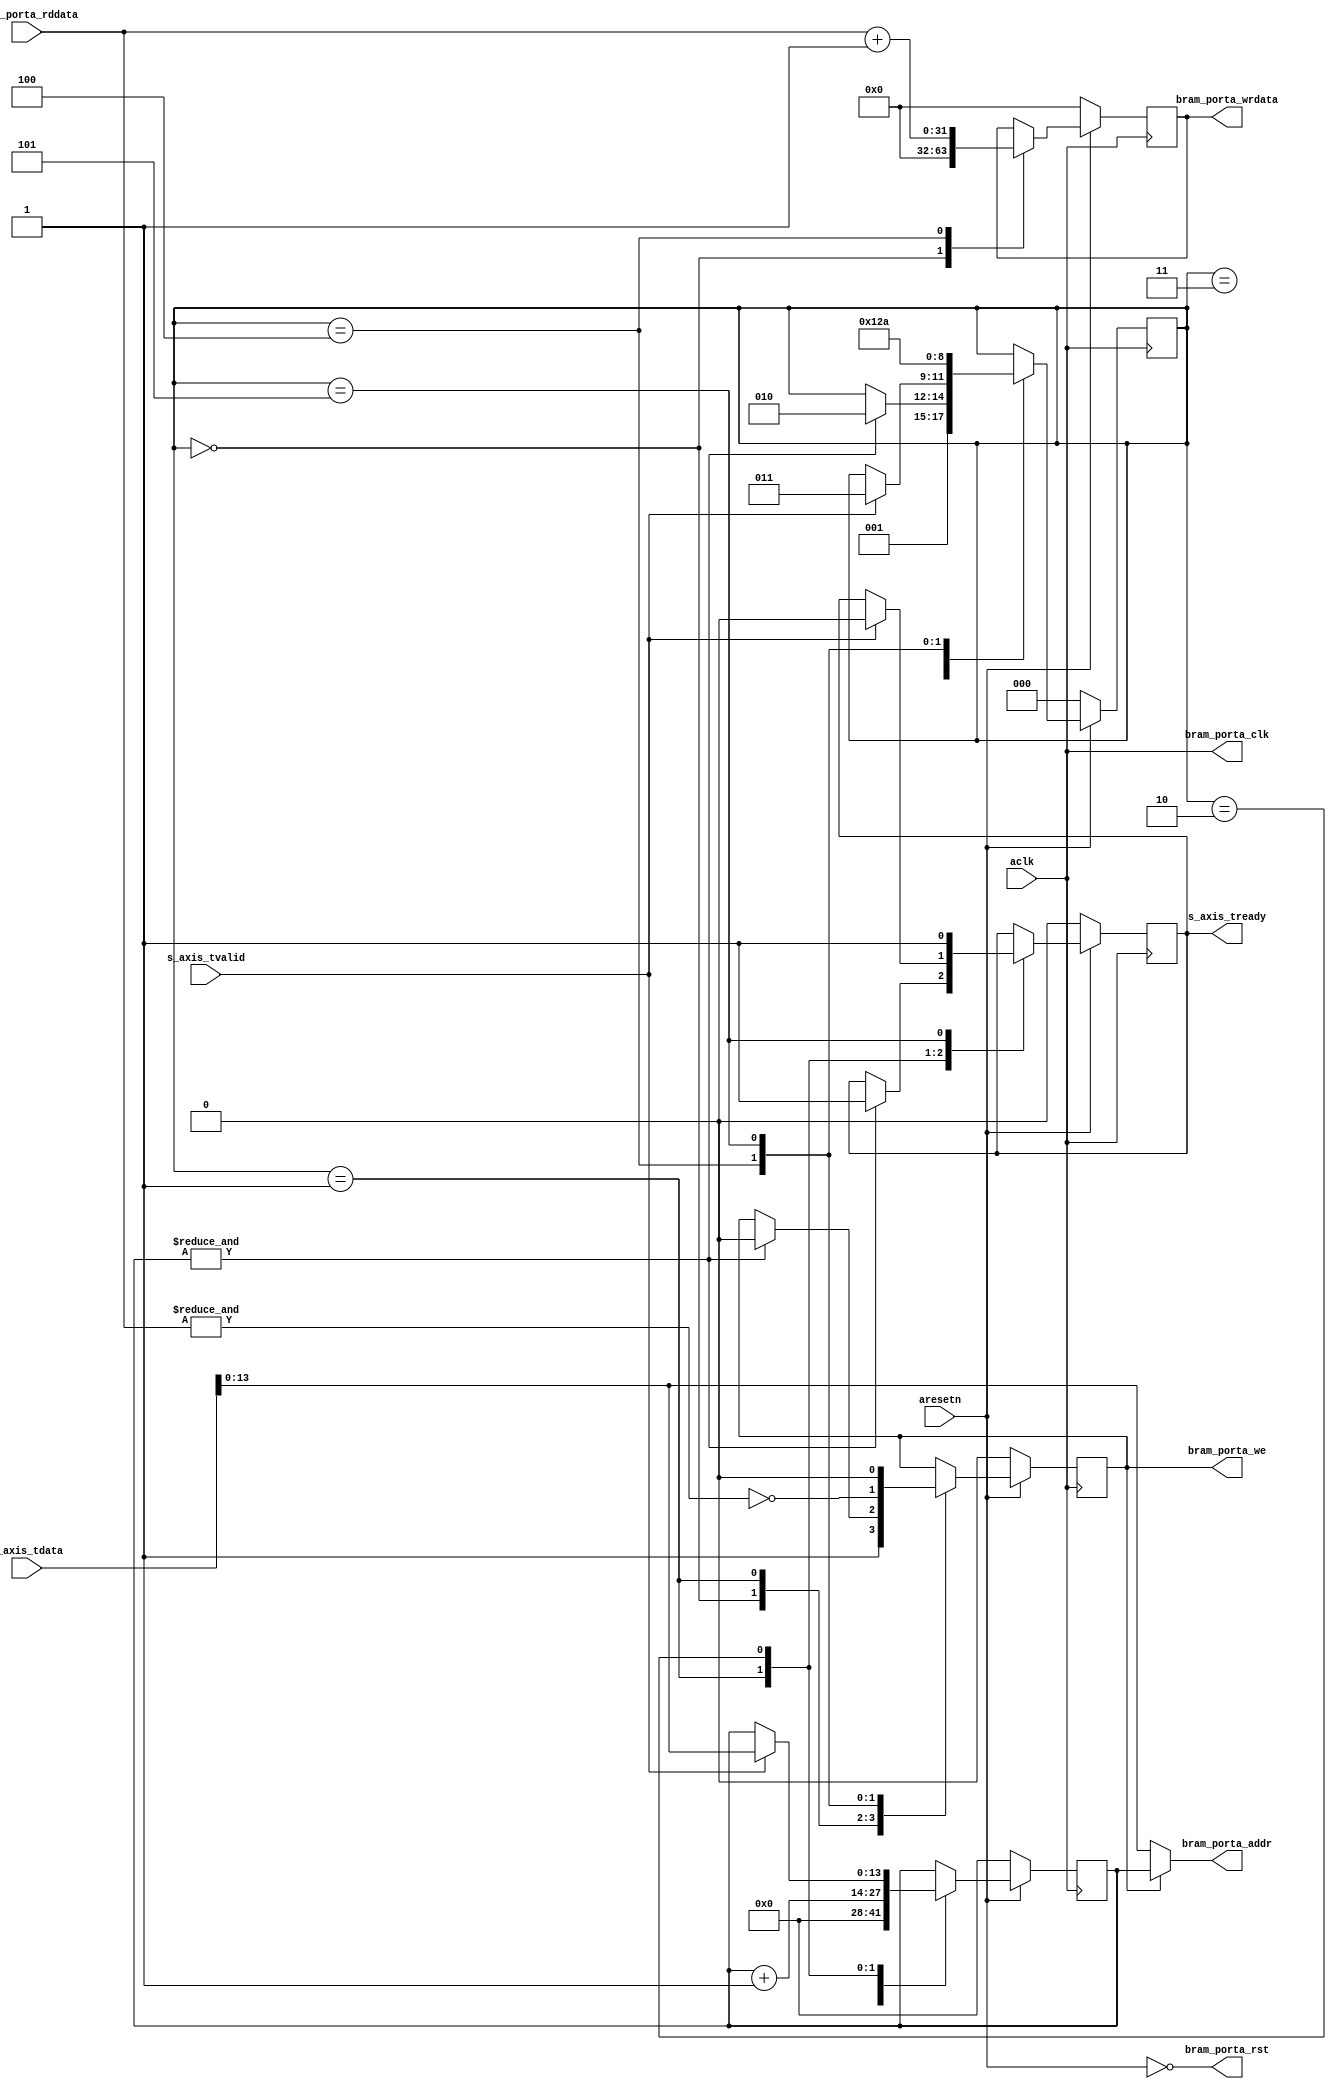

`timescale 1 ns / 1 ps

module axis_histogram #
(
  parameter integer AXIS_TDATA_WIDTH = 16,
  parameter integer BRAM_DATA_WIDTH = 32,
  parameter integer BRAM_ADDR_WIDTH = 14
)
(
  // System signals
  input  wire                        aclk,
  input  wire                        aresetn,

  // Slave side
  output wire                        s_axis_tready,
  input  wire [AXIS_TDATA_WIDTH-1:0] s_axis_tdata,
  input  wire                        s_axis_tvalid,

  // BRAM port
  output wire                        bram_porta_clk,
  output wire                        bram_porta_rst,
  output wire [BRAM_ADDR_WIDTH-1:0]  bram_porta_addr,
  output wire [BRAM_DATA_WIDTH-1:0]  bram_porta_wrdata,
  input  wire [BRAM_DATA_WIDTH-1:0]  bram_porta_rddata,
  output wire                        bram_porta_we
);

  reg [BRAM_ADDR_WIDTH-1:0] int_addr_reg, int_addr_next;
  reg [BRAM_DATA_WIDTH-1:0] int_data_reg, int_data_next;
  reg [2:0] int_case_reg, int_case_next;
  reg int_tready_reg, int_tready_next;
  reg int_wren_reg, int_wren_next;

  always @(posedge aclk)
  begin
    if(~aresetn)
    begin
      int_addr_reg <= {(BRAM_ADDR_WIDTH){1'b0}};
      int_data_reg <= {(BRAM_DATA_WIDTH){1'b0}};
      int_case_reg <= 3'd0;
      int_tready_reg <= 1'b0;
      int_wren_reg <= 1'b0;
    end
    else
    begin
      int_addr_reg <= int_addr_next;
      int_data_reg <= int_data_next;
      int_case_reg <= int_case_next;
      int_tready_reg <= int_tready_next;
      int_wren_reg <= int_wren_next;
    end
  end

  always @*
  begin
    int_addr_next = int_addr_reg;
    int_data_next = int_data_reg;
    int_case_next = int_case_reg;
    int_tready_next = int_tready_reg;
    int_wren_next = int_wren_reg;

    case(int_case_reg)
      0:
      begin
        int_addr_next = {(BRAM_ADDR_WIDTH){1'b0}};
        int_data_next = {(BRAM_DATA_WIDTH){1'b0}};
        int_wren_next = 1'b1;
        int_case_next = 3'd1;
      end
      1:
      begin
        // write zeros
        int_addr_next = int_addr_reg + 1'b1;
        if(&int_addr_reg)
        begin
          int_tready_next = 1'b1;
          int_wren_next = 1'b0;
          int_case_next = 3'd2;
        end
      end
      2:
      begin
        if(s_axis_tvalid)
        begin
          int_addr_next = s_axis_tdata[BRAM_ADDR_WIDTH-1:0];
          int_tready_next = 1'b0;
          int_case_next = 3'd3;
        end
      end
      3:
      begin
        int_case_next = 3'd4;
      end
      4:
      begin
        int_data_next = bram_porta_rddata + 1'b1;
        int_wren_next = ~&bram_porta_rddata;
        int_case_next = 3'd5;
      end
      5:
      begin
        int_tready_next = 1'b1;
        int_wren_next = 1'b0;
        int_case_next = 3'd2;
      end
    endcase
  end

  assign s_axis_tready = int_tready_reg;

  assign bram_porta_clk = aclk;
  assign bram_porta_rst = ~aresetn;
  assign bram_porta_addr = int_wren_reg ? int_addr_reg : s_axis_tdata[BRAM_ADDR_WIDTH-1:0];
  assign bram_porta_wrdata = int_data_reg;
  assign bram_porta_we = int_wren_reg;

endmodule